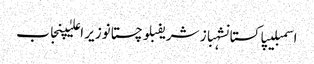
اسمبلیپاکستانشہباز شریفبلوچستانوزیر اعلیٰپنجاب